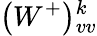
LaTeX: \left(W^{+}\right){}_{vv}^{k}